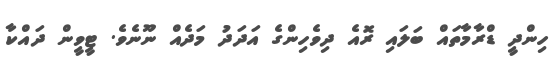
ހިންދީ ޑްރާމާތައް ބަލައި ރޮއެ ދިވެހިންގެ އަދަދު މަދެއް ނޫނެވެ. ޓީވީން ދައްކާ